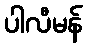
ပါလီမန်